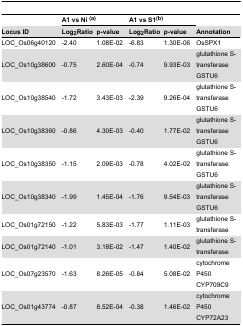
|  | <COLSPAN=2> A1 vs Ni(a) | <COLSPAN=2> A1 vs S1(b) |  |
 | Locus ID | Log2Ratio | p-value | Log2Ratio | p-value | Annotation |
 | --- | --- | --- | --- | --- | --- |
 | LOC_Os06g40120 | -2.40 | 1.08E-02 | -6.83 | 1.30E-06 | OsSPX1 |
 | LOC_Os10g38600 | -0.75 | 2.60E-04 | -0.74 | 9.93E-03 | glutathione S-transferase GSTU6 |
 | LOC_Os10g38540 | -1.72 | 3.43E-03 | -2.39 | 9.26E-04 | glutathione S-transferase GSTU6 |
 | LOC_Os10g38360 | -0.86 | 4.30E-03 | -0.40 | 1.77E-02 | glutathione S-transferase GSTU6 |
 | LOC_Os10g38350 | -1.15 | 2.09E-03 | -0.78 | 4.02E-02 | glutathione S-transferase GSTU6 |
 | LOC_Os10g38340 | -1.99 | 1.45E-04 | -1.76 | 9.54E-03 | glutathione S-transferase GSTU6 |
 | LOC_Os01g72150 | -1.22 | 5.83E-03 | -1.77 | 1.11E-03 | glutathione S-transferase |
 | LOC_Os01g72140 | -1.01 | 3.18E-02 | -1.47 | 1.40E-02 | glutathione S-transferase |
 | LOC_Os07g23570 | -1.63 | 8.26E-05 | -0.84 | 5.08E-02 | cytochrome P450 CYP709C9 |
 | LOC_Os01g43774 | -0.87 | 8.52E-04 | -0.38 | 1.46E-02 | cytochrome P450 CYP72A23 |